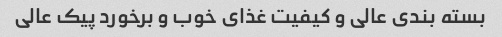
بسته بندی عالی و کیفیت غذای خوب و برخورد پیک عالی